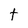
Character: t